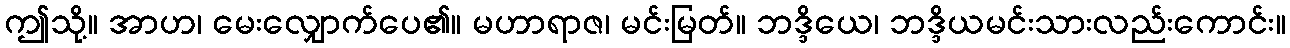
ဤသို့။ အာဟ၊ မေးလျှောက်ပေ၏။ မဟာရာဇ၊ မင်းမြတ်။ ဘဒ္ဒိယေ၊ ဘဒ္ဒိယမင်းသားလည်းကောင်း။